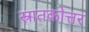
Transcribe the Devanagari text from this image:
स्रातकोत्तर